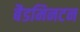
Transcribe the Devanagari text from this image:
बैडमिनटन